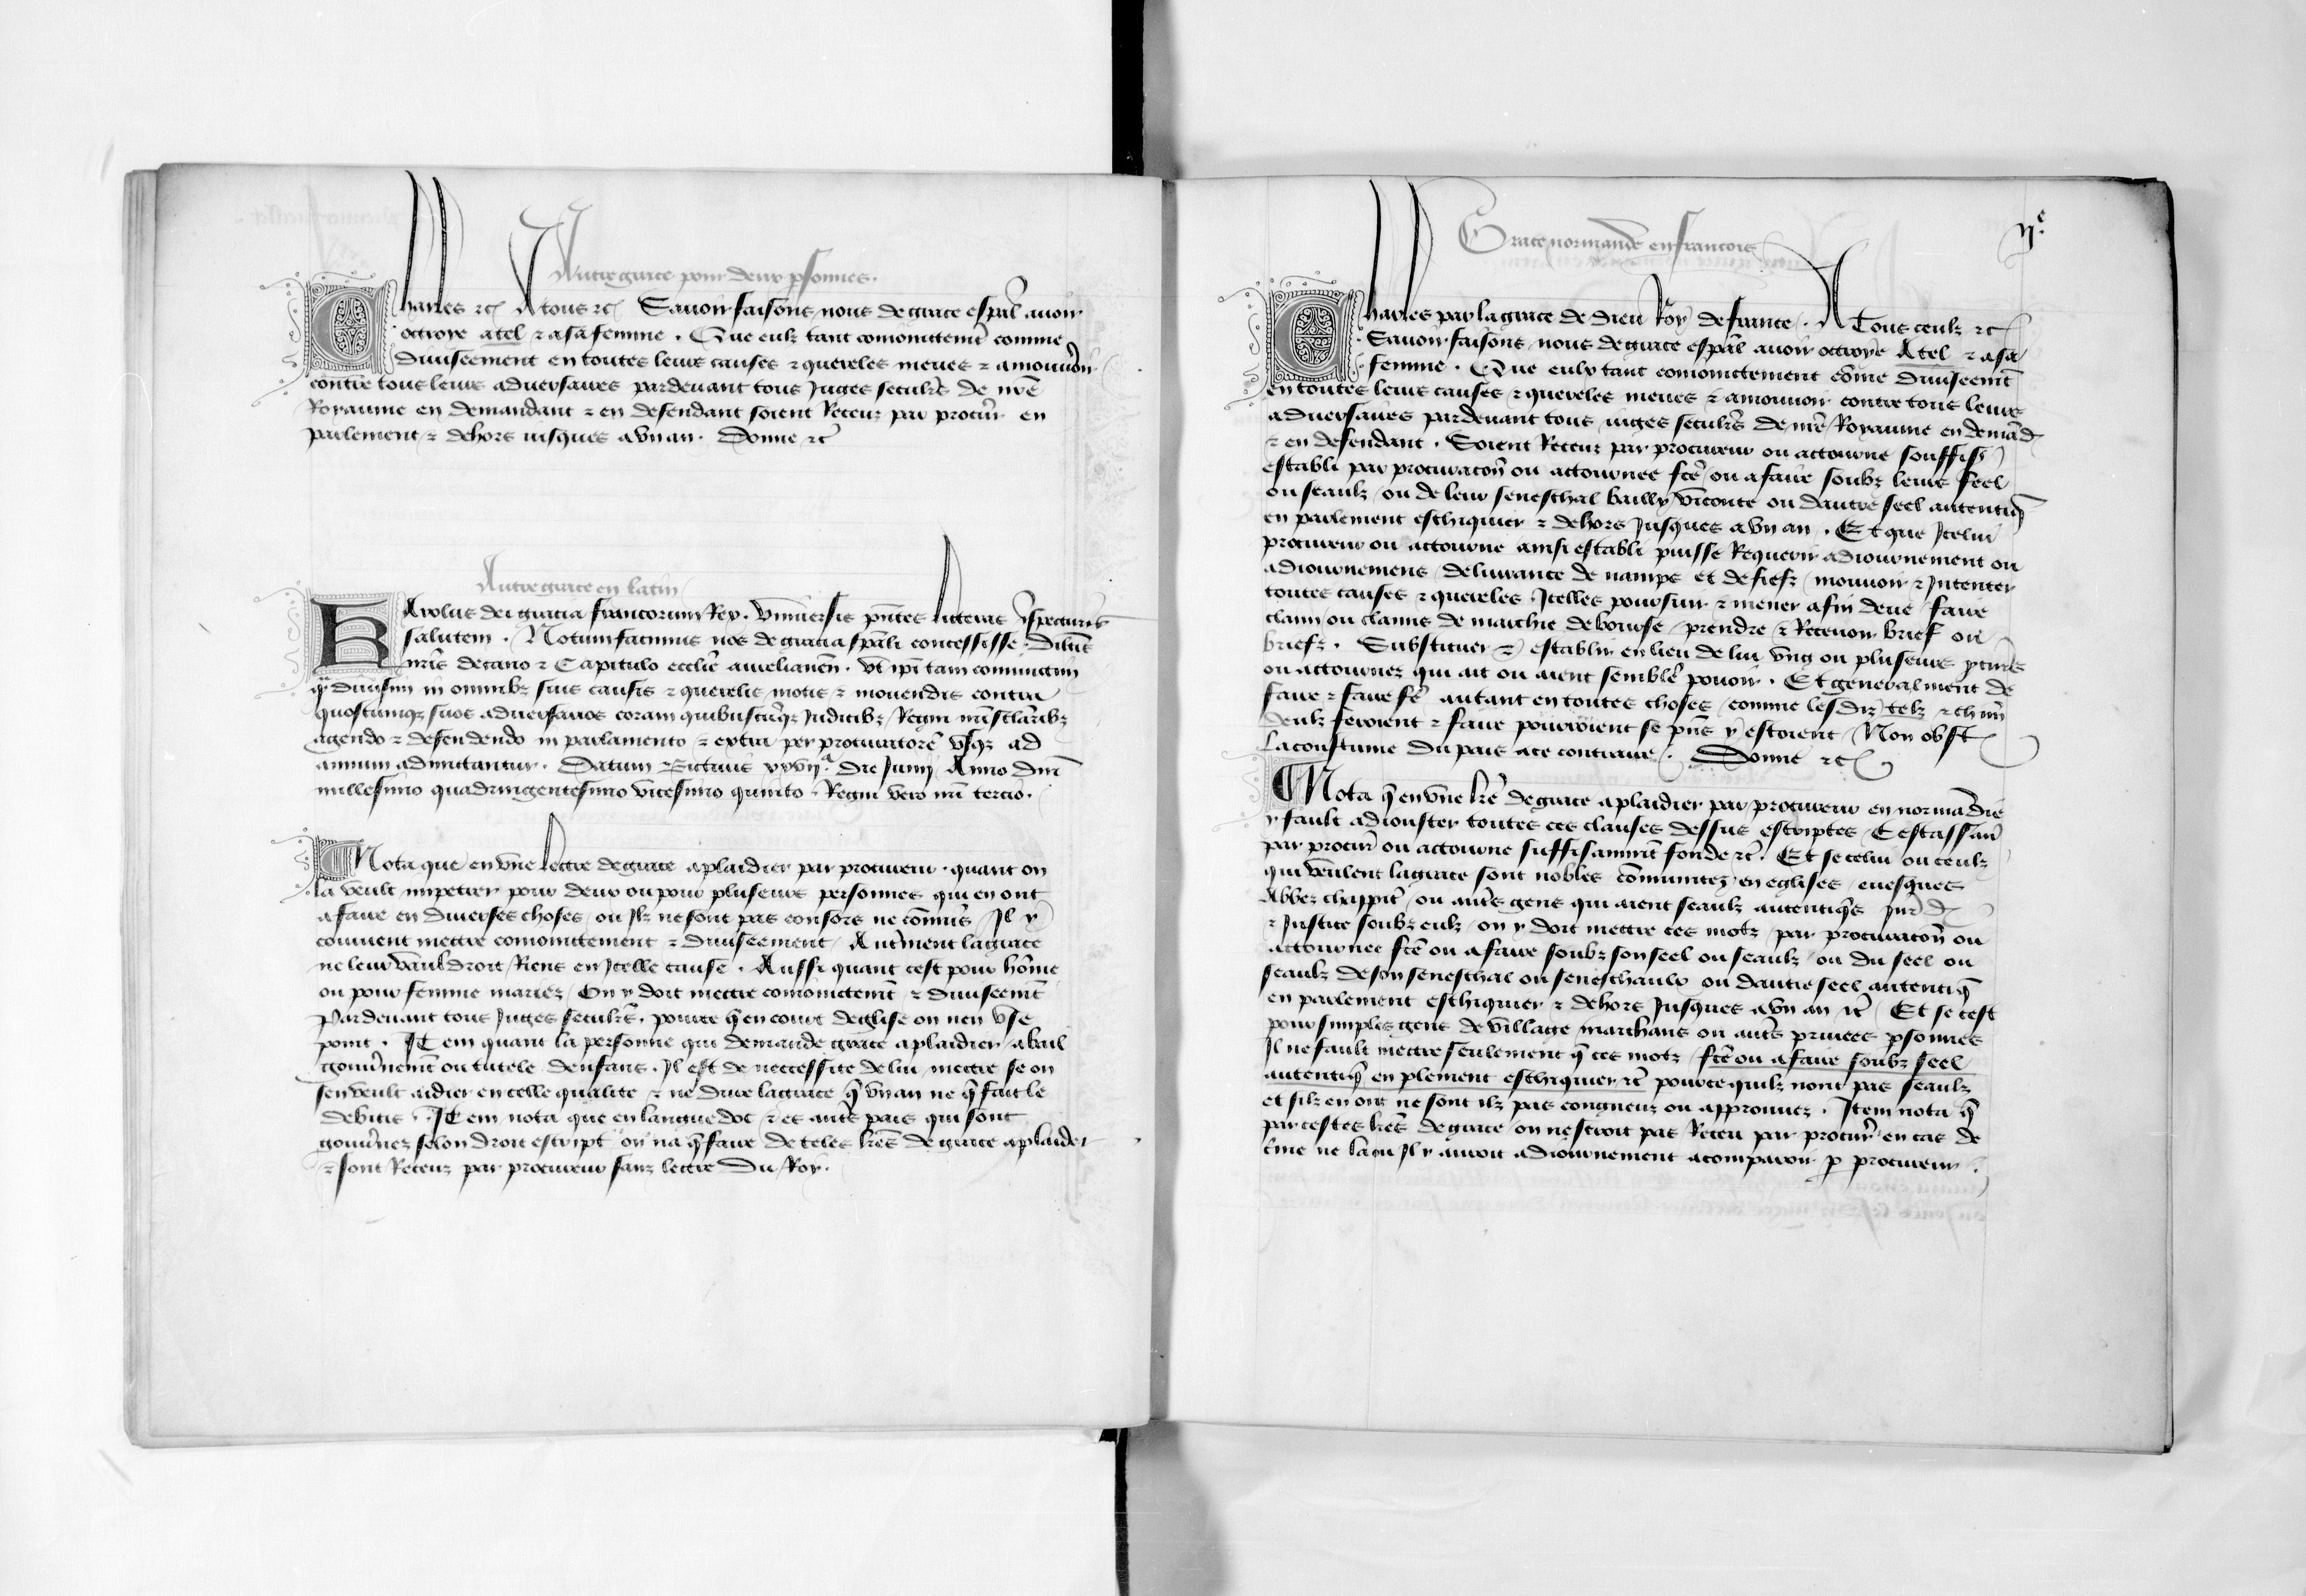
Shelfmark: Paris, BnF, fr. 5024
Century: 14